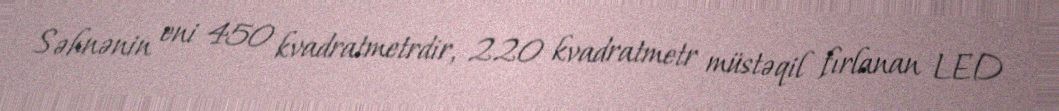
Səhnənin eni 450 kvadratmetrdir, 220 kvadratmetr müstəqil fırlanan LED